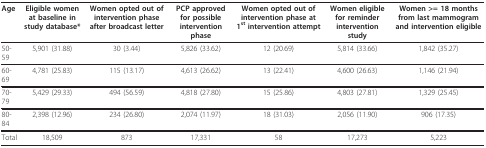
<table><thead><tr><td><b>Age</b></td><td><b>Eligible women at baseline in study database*</b></td><td><b>Women opted out of intervention phase after broadcast letter</b></td><td><b>PCP approved for possible intervention phase</b></td><td><b>Women opted out of intervention phase at 1<sup>st </sup>intervention attempt</b></td><td><b>Women eligible for reminder intervention study</b></td><td><b>Women &gt;= 18 months from last mammogram and intervention eligible</b></td></tr></thead><tbody><tr><td>50-59</td><td>5,901 (31.88)</td><td>30 (3.44)</td><td>5,826 (33.62)</td><td>12 (20.69)</td><td>5,814 (33.66)</td><td>1,842 (35.27)</td></tr><tr><td>60-69</td><td>4,781 (25.83)</td><td>115 (13.17)</td><td>4,613 (26.62)</td><td>13 (22.41)</td><td>4,600 (26.63)</td><td>1,146 (21.94)</td></tr><tr><td>70-79</td><td>5,429 (29.33)</td><td>494 (56.59)</td><td>4,818 (27.80)</td><td>15 (25.86)</td><td>4,803 (27.81)</td><td>1,329 (25.45)</td></tr><tr><td>80-84</td><td>2,398 (12.96)</td><td>234 (26.80)</td><td>2,074 (11.97)</td><td>18 (31.03)</td><td>2,056 (11.90)</td><td>906 (17.35)</td></tr><tr><td>Total</td><td>18,509</td><td>873</td><td>17,331</td><td>58</td><td>17,273</td><td>5,223</td></tr></tbody></table>